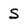
Character: s